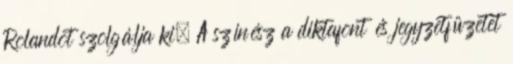
Rolandot szolgálja ki. A színész a diktafont és jegyzetfüzetet